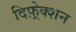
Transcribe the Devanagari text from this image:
दिफ़्रेक्शन